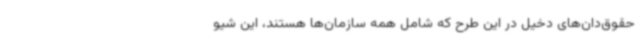
حقوق‌دان‌های دخیل در این طرح که شامل همه سازمان‌ها هستند، این شیو